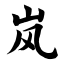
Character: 岚